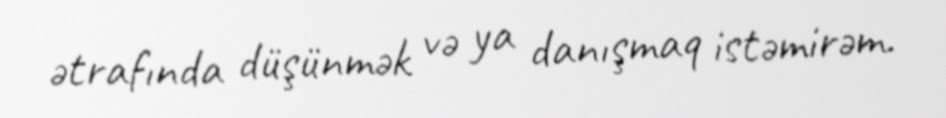
ətrafında düşünmək və ya danışmaq istəmirəm.